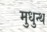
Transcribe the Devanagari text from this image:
मुधुन्थ